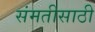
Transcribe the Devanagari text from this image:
संमतीसाठी